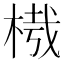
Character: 𣔮